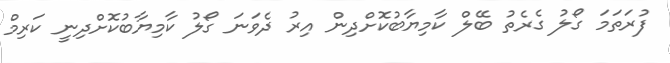
ފުރަތަމަ ގޯލު ގެރެތު ބޭލް ކާމިޔާބުކޮށްދިން އިރު ދެވަނަ ގޯލު ކާމިޔާބުކޮށްދިނީ ކަރިމް